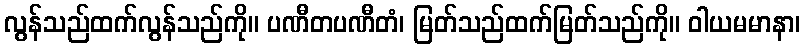
လွန်သည်ထက်လွန်သည်ကို။ ပဏီတပဏီတံ၊ မြတ်သည်ထက်မြတ်သည်ကို။ ဝါယမမာနာ၊